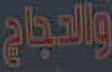
والدجاج